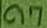
Text: C17